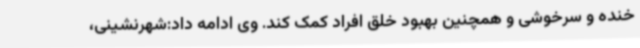
خنده و سرخوشی و همچنین بهبود خلق افراد کمک کند. وی ادامه داد:شهرنشینی،